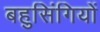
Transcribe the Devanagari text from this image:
बहुसिंगियों